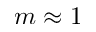
m \approx 1